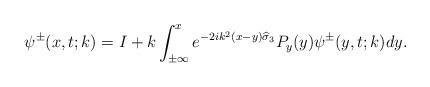
\begin{align*}\psi^{\pm}(x,t;k)=I+k\int_{ \pm \infty }^{ x }e^{-2ik^2(x-y)\widehat{\sigma}_3}P_y(y)\psi^{\pm}(y,t;k) dy.\end{align*}